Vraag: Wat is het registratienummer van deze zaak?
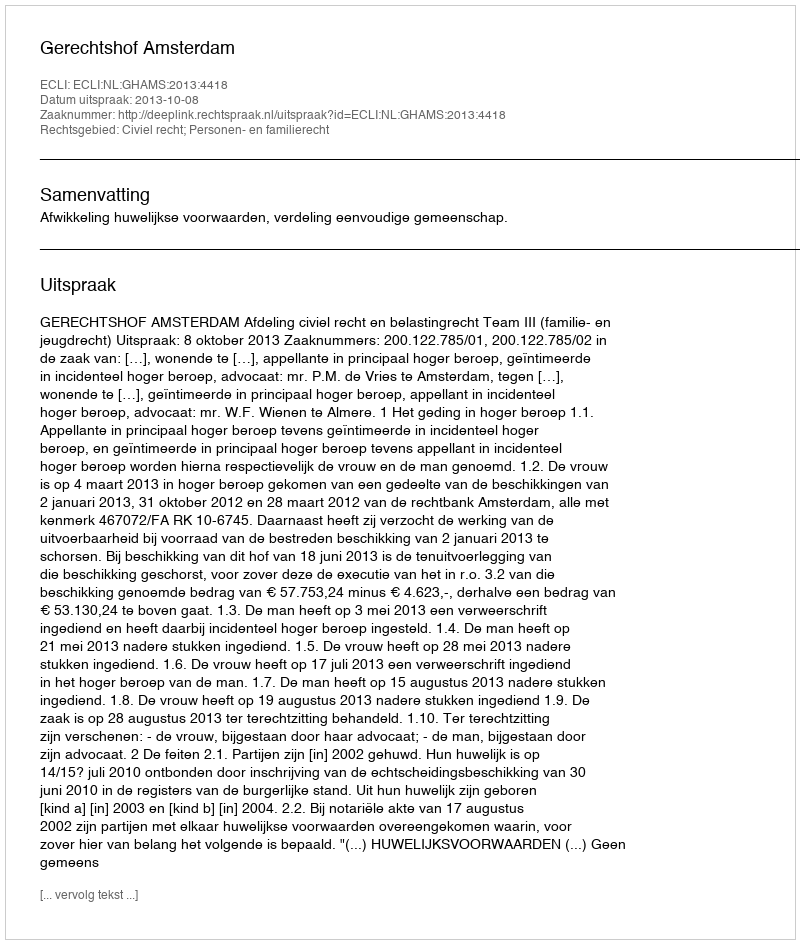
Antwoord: http://deeplink.rechtspraak.nl/uitspraak?id=ECLI:NL:GHAMS:2013:4418